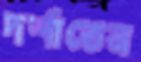
দর্শাতেন